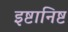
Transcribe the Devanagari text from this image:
इष्टानिष्ट